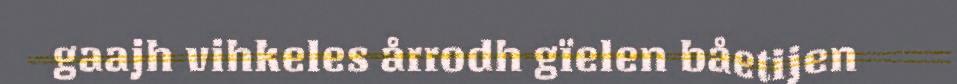
gaajh vihkeles årrodh gïelen båetijen